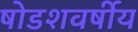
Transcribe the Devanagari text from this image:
षोडशवर्षीय